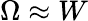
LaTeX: \Omega\approx W